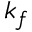
k _ { f }